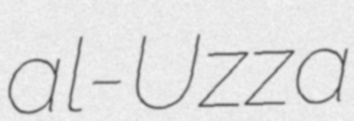
al-Uzza